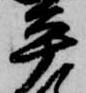
平